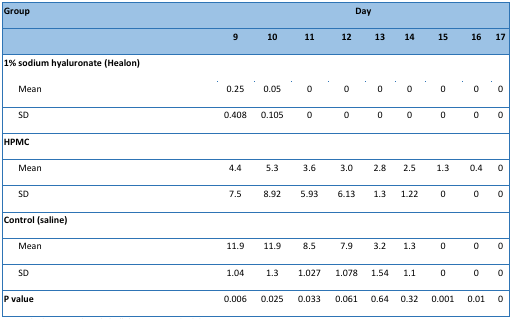
<table><thead><tr><td><b>Group</b></td><td colspan="9"><b>Day</b></td></tr><tr><td></td><td><b>9</b></td><td><b>10</b></td><td><b>11</b></td><td><b>12</b></td><td><b>13</b></td><td><b>14</b></td><td><b>15</b></td><td><b>16</b></td><td><b>17</b></td></tr></thead><tbody><tr><td><b>1% sodium hyaluronate (Healon)</b></td><td></td><td></td><td></td><td></td><td></td><td></td><td></td><td></td><td></td></tr><tr><td>Mean</td><td>0.25</td><td>0.05</td><td>0</td><td>0</td><td>0</td><td>0</td><td>0</td><td>0</td><td>0</td></tr><tr><td>SD</td><td>0.408</td><td>0.105</td><td>0</td><td>0</td><td>0</td><td>0</td><td>0</td><td>0</td><td>0</td></tr><tr><td><b>HPMC</b></td><td></td><td></td><td></td><td></td><td></td><td></td><td></td><td></td><td></td></tr><tr><td>Mean</td><td>4.4</td><td>5.3</td><td>3.6</td><td>3.0</td><td>2.8</td><td>2.5</td><td>1.3</td><td>0.4</td><td>0</td></tr><tr><td>SD</td><td>7.5</td><td>8.92</td><td>5.93</td><td>6.13</td><td>1.3</td><td>1.22</td><td>0</td><td>0</td><td>0</td></tr><tr><td><b>Control (saline)</b></td><td></td><td></td><td></td><td></td><td></td><td></td><td></td><td></td><td></td></tr><tr><td>Mean</td><td>11.9</td><td>11.9</td><td>8.5</td><td>7.9</td><td>3.2</td><td>1.3</td><td>0</td><td>0</td><td>0</td></tr><tr><td>SD</td><td>1.04</td><td>1.3</td><td>1.027</td><td>1.078</td><td>1.54</td><td>1.1</td><td>0</td><td>0</td><td>0</td></tr><tr><td><b>P value</b></td><td>0.006</td><td>0.025</td><td>0.033</td><td>0.061</td><td>0.64</td><td>0.32</td><td>0.001</td><td>0.01</td><td>0</td></tr></tbody></table>